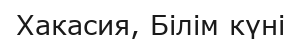
Хакасия, Білім күні